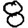
Digit: 8